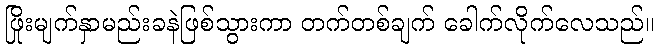
ဖြိုးမျက်နှာမည်းခနဲဖြစ်သွားကာ တက်တစ်ချက် ခေါက်လိုက်လေသည်။